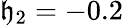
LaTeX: \mathfrak{h}_{2}=-0.2